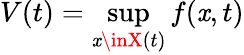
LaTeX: V(t)=\operatorname*{sup}_{\mathit{x}\inX\left(t\right)}f(\mathit{x},t)